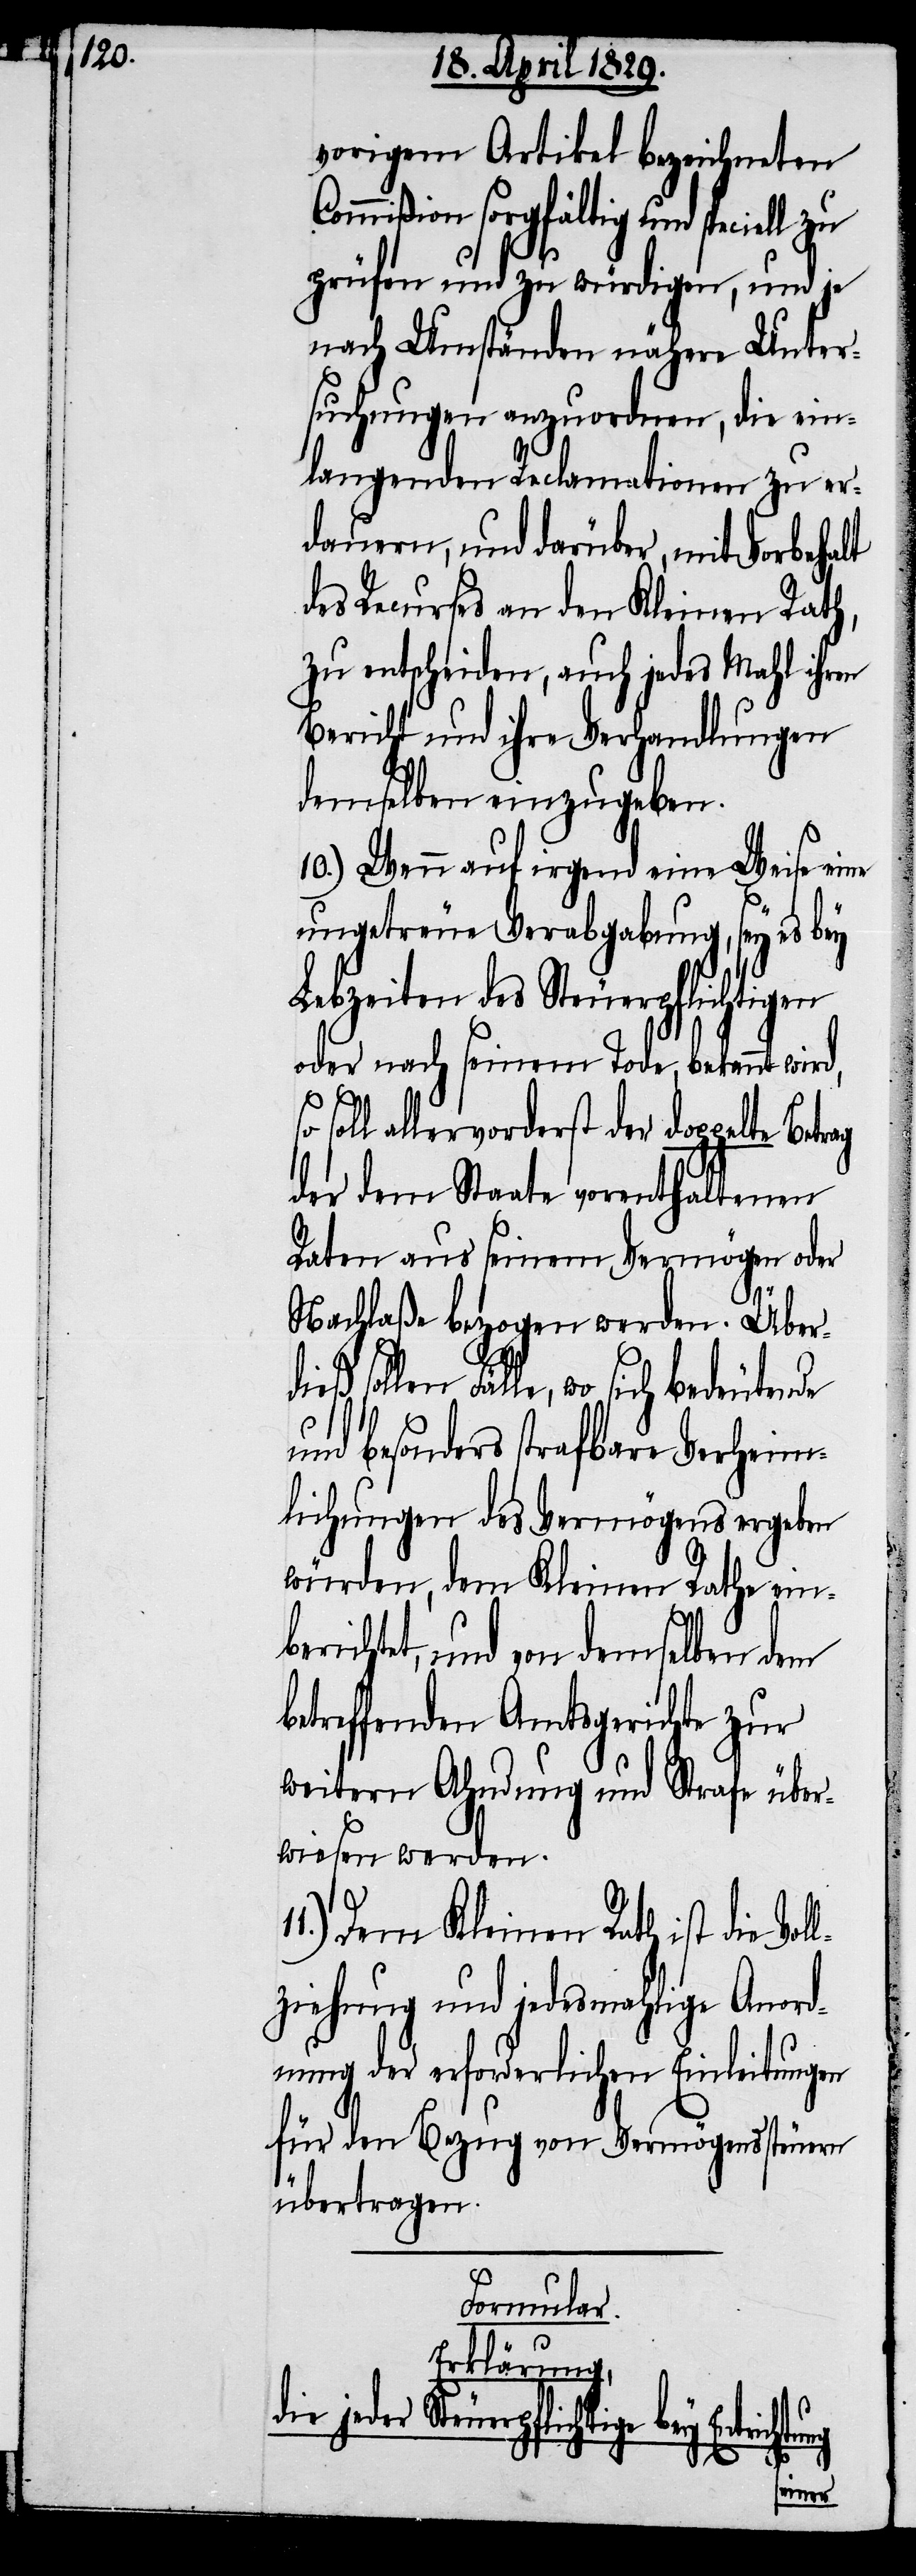
vorigem Artikel bezeichneten
Commißion sorgfältig und s¬
prüfen und zu würdigen, und je
nach Umständen nähere Unter¬
suchungen anzuordnen, die ein¬
langenden Reclamationen zu er¬
dauern, und darüber, mit Vorbehalt
des Recurses an den Kleinen Rath,
zu entscheiden, auch jedes Mahl ihren
Bericht und ihre Verhandlungen
demselben einzugeben.
10.) Wenn auf irgend eine Weise eine
ungetreue Verabgabung, sey es bey
Lebzeiten des Steuerpflichtigen
oder nach seinem Tode, bekannt wird,
soll allervorderst der doppelte
der dem Staate vorenthaltenen
Raten aus seinem Vermögen oder
Nachlaße bezogen werden. Über¬
len Fälle, wo sich bedeutende
und besonders strafbare Verheim¬
lichungen des Vermögens ergeben
würden, dem Kleinen Rathe ein¬
tet, und von demselben dem
betreffenden Amtsgerichte zur
weitern Ahndung und Strafe über¬
wiesen werden.
11.) Dem Kleinen Rath ist die Vol¬
lziehung und jedesmahlige Anord¬
nung der erforderlichen Einleitungen
für den Bezug von Vermögenssteuern
übertragen.
Formular.
Erklärung,
die jeder Steuerpflichtige bey
berich¬